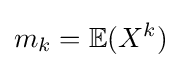
m_{k}=\mathbb {E} (X^{k})